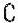
C